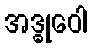
အဒ္ဓုဝေါ